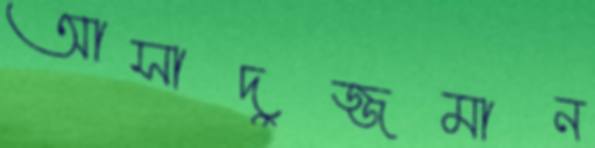
আসাদুজ্জমান